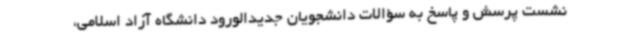
نشست پرسش و پاسخ به سؤالات دانشجویان جدیدالورود دانشگاه آزاد اسلامی،